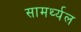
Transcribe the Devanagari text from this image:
सामर्थ्यल